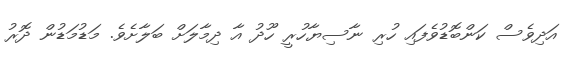
އަދިވެސް ކަންބޮޑުވެފައި ހުރި ނާސިޔާހުރީ ހޫދު އާ ދިމާލަށް ބަލާށެވެ. މަޑުމަޑުން ދޮރު